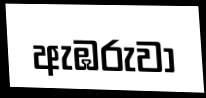
ඇඹරුවා